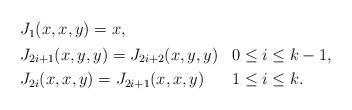
LaTeX: \begin{align*} \begin{aligned} & J_1(x,x,y) = x, \\ & \begin{aligned} & J_{2i+1}(x,y,y) = J_{2i+2}(x,y,y) & & 0\leq i\leq k-1, \\ & J_{2i}(x,x,y) = J_{2i+1}(x,x,y) & & 1\leq i\leq k. \end{aligned}\end{aligned} \end{align*}